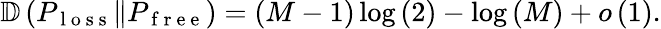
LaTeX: \begin{array}{r}{\mathbb{D}\left(P_{\mathrm{~l~o~s~s~}}\Vert P_{\mathrm{~f~r~e~e~}}\right)=\left(M-1\right)\log\left(2\right)-\log\left(M\right)+o\left(1\right).}\end{array}